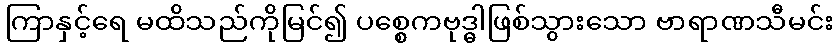
ကြာနှင့်ရေ မထိသည်ကိုမြင်၍ ပစ္စေကဗုဒ္ဓါဖြစ်သွားသော ဗာရာဏသီမင်း